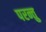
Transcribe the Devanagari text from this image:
परन्तु